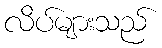
လိပ်များသည်